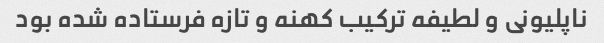
ناپلیونی و لطیفه ترکیب کهنه و تازه فرستاده شده بود